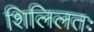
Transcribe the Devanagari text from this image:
शिलिलतः